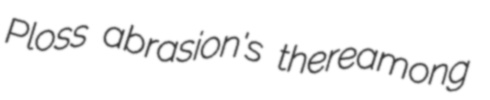
Ploss abrasion's thereamong